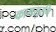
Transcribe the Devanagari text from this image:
कामसुरभि